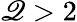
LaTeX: \mathscr{Q}>2